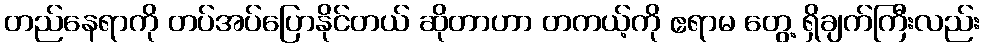
တည်နေရာကို တပ်အပ်ပြောနိုင်တယ် ဆိုတာဟာ တကယ့်ကို ဧရာမ တွေ့ ရှိချက်ကြီးလည်း